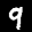
Label: 9